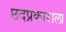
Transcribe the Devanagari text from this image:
छदप्रकाराला